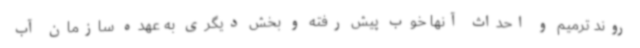
روند ترمیم و احداث آنها خوب پیش رفته و بخش دیگری به عهده سازمان آب